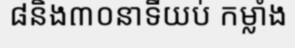
៨និង៣០នាទីយប់ កម្លាំង